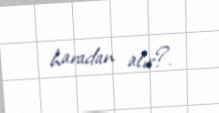
haradan alır?.